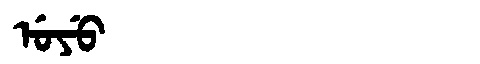
Manchu: ᡠᠶᡠ
Romanization: UYU